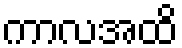
ကာလအထိ